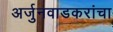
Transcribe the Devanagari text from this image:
अर्जुनवाडकरांचा